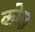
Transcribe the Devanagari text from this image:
कोल्न